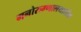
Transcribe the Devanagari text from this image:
मनोरुग्णालयातील